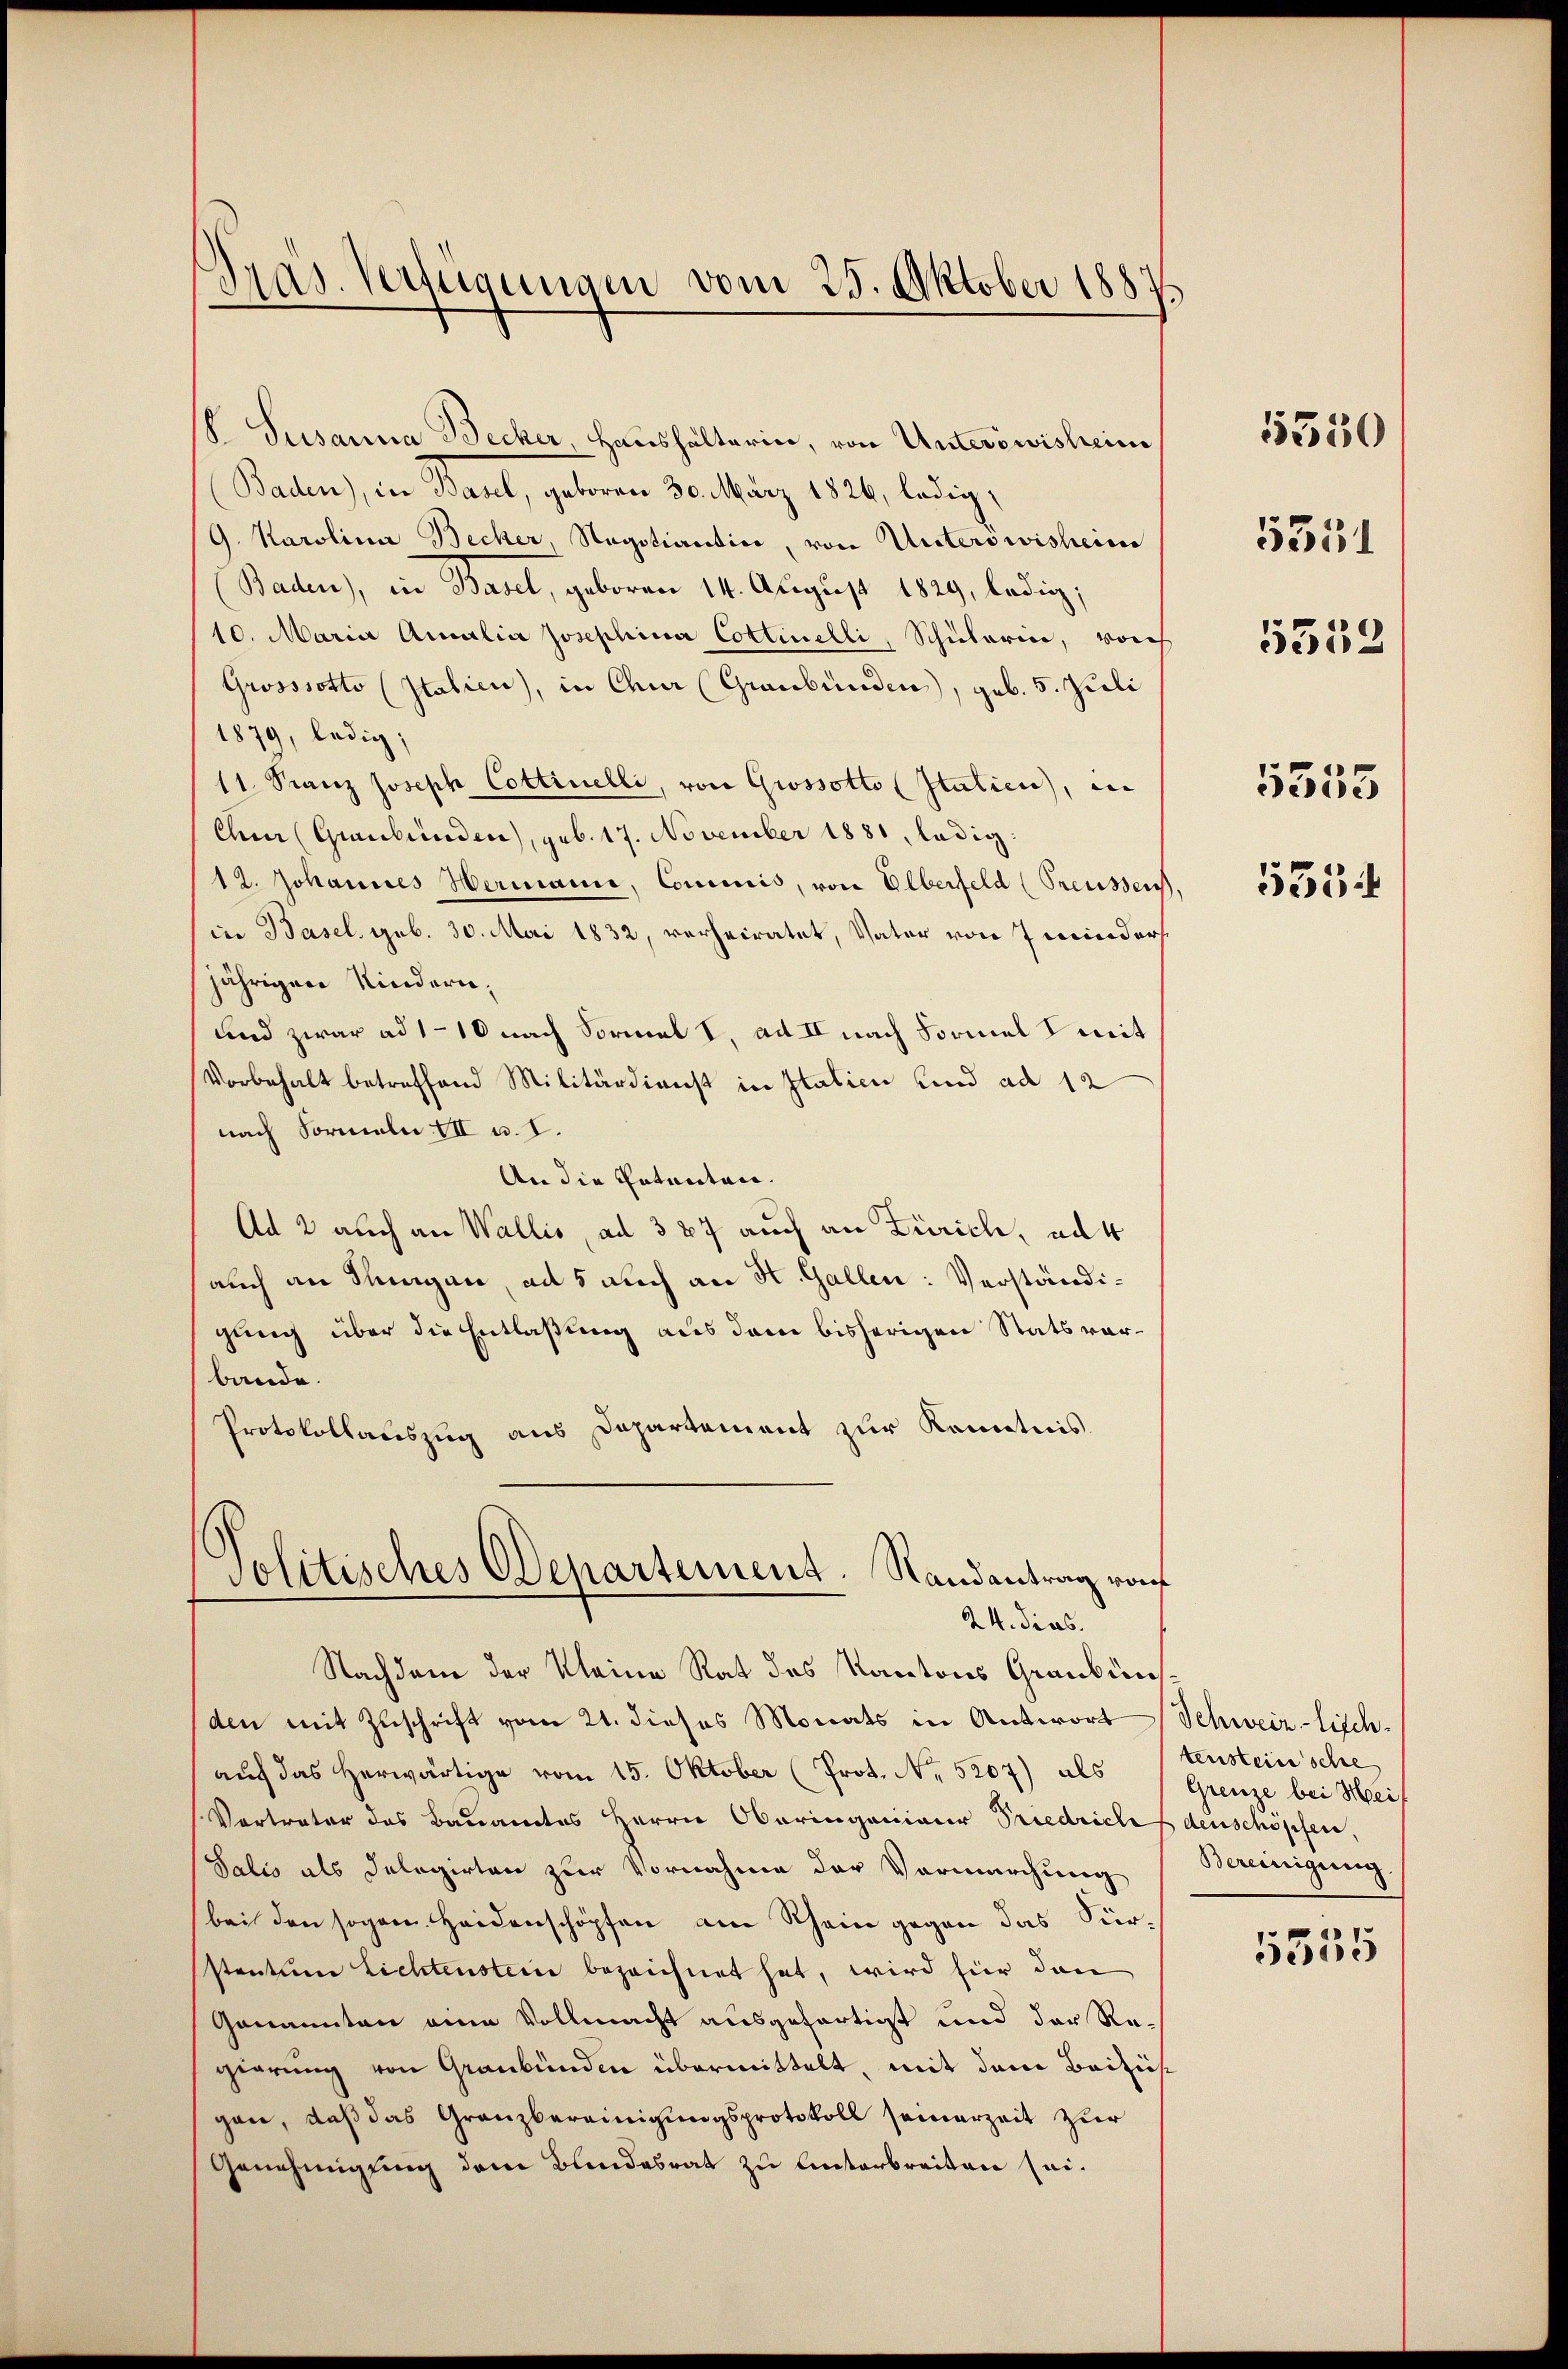
Pras. Verfügungen vom 25. Oktober 1887

V. Susanna Becker Haushälterin, von Unterswisheim
(Baden), in Basel, geboren 30. März 1826, ledig,
G. Karolina Becker, Nagotiantin, von Unterswisheim
(Baden), in Basel, geboren 14. August 1829, ledig;
10. Maria Amalia Josephina Cottinelli, Schularii, von
Grosssotto (Italien), in Chur (Graubünden, geb. 5. Zieli
1879, ledig;
11. Franz Joseph Cottinelli, von Grossotto (Italien), in
Chur (Graubünden, geb. 17. November 1881, ledig
12. Johannes Hermann, Commis, von Elberfeld (Preussen,
in Basel, geb. 30. Mai 1832, verheiratet, Vater von 7 minders.
jährigen Kindern,
und zwar ad 110 nach Formal V, ad II nach Formel zweit
Vorbehalt betreffend Militärdienst in Italien und ad 12
nach Formeln III u. I.
An die Patenten.
Ad 2 auch an Wallis, ad 387 auch an Zürich, ad 4
auch an Sungen, ad 5 auch an H. Gallen: Verständigung über die Entlaßung aus dem bisherigen Stats vorbande.
Protokollauszug aus Departement zur Kenntnis
Jolitisches Departement. Randantrag von
24. dies.
Nachdem der Kleine Rat des Kantons Graubünsden mit Zuschrift vom 21. dieses Monats in Antwort
auch das herwärtige vom 15. Oktober (Prot. No. 5207) als
Vertrater das Bauamtes Herrn Oberingenieur Friedrich denschopfen,
Salis als Delegirten zur Vornahme der Vormürchung
bei den sogar. Heidenschöpfen am Rhein gegen das Sürstantum Lichtenstein bezeichnet hat, wird hier dann
Genannten eine Vollmacht ausgefertigt und der Regierung von Graubünden übermittelt, mit dem Beiziehgen, daß das Granzbereinigungsprotokoll seinerzeit zur
Genehmigung dem Blindesrat zu Unterbreiten sei¬

5330

5351

5552

5355
5554

Schweiz-lisch-
tensteinsche
Grenze bei Hei
Bereinigung.
5335